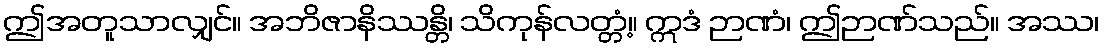
ဤအတူသာလျှင်။ အဘိဇာနိဿန္တိ၊ သိကုန်လတ္တံ့။ ဣဒံ ဉာဏံ၊ ဤဉာဏ်သည်။ အဿ၊